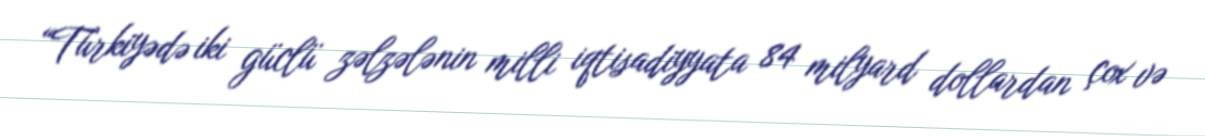
“Türkiyədə iki güclü zəlzələnin milli iqtisadiyyata 84 milyard dollardan çox və